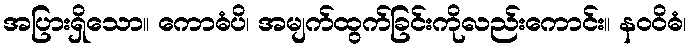
အပြားရှိသော။ ကောဓံပိ၊ အမျက်ထွက်ခြင်းကိုလည်းကောင်း။ နဝဝိဓံ၊